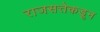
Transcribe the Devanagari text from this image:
राजसत्तेकडून